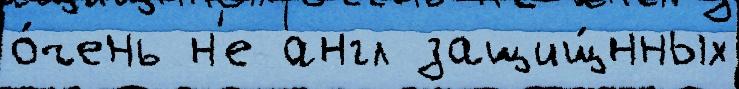
о́чень н'е англ защищ́нных